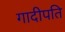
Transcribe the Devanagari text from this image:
गादीपति